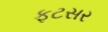
ફટસર